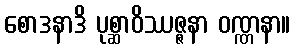
စောဒနာဒိ ပုစ္ဆာဝိဿဇ္ဇနာ ဝဏ္ဏနာ။